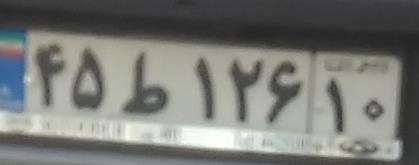
۴۵ط۱۲۶۱۰